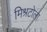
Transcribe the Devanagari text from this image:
मिश्रटोला